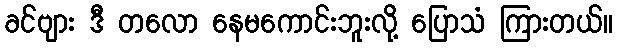
ခင်ဗျား ဒီ တလော နေမကောင်းဘူးလို့ ပြောသံ ကြားတယ်။